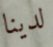
لدينا